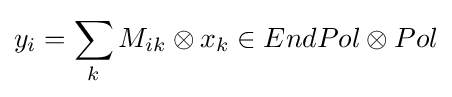
y_{i}=\sum _{k}M_{ik}\otimes x_{k}\in EndPol\otimes Pol